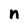
Character: n